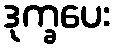
ဒုက္ခပေး